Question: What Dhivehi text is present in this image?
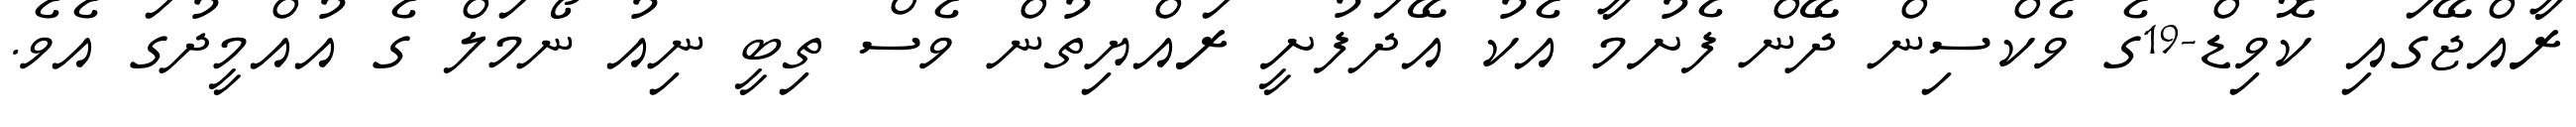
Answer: ރާއްޖޭގައި ކޮވިޑް-19ގެ ވެކްސިން ދޭން ފެށުމާ އެކު އޭދަފުށީ ރައްޔިތުން ވެސް ތިބީ ނިއު ނޯމަލް ގެ އުއްމީދުގަ އެވެ.